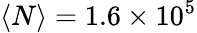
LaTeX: \langle N\rangle=1.6\times 10^{5}